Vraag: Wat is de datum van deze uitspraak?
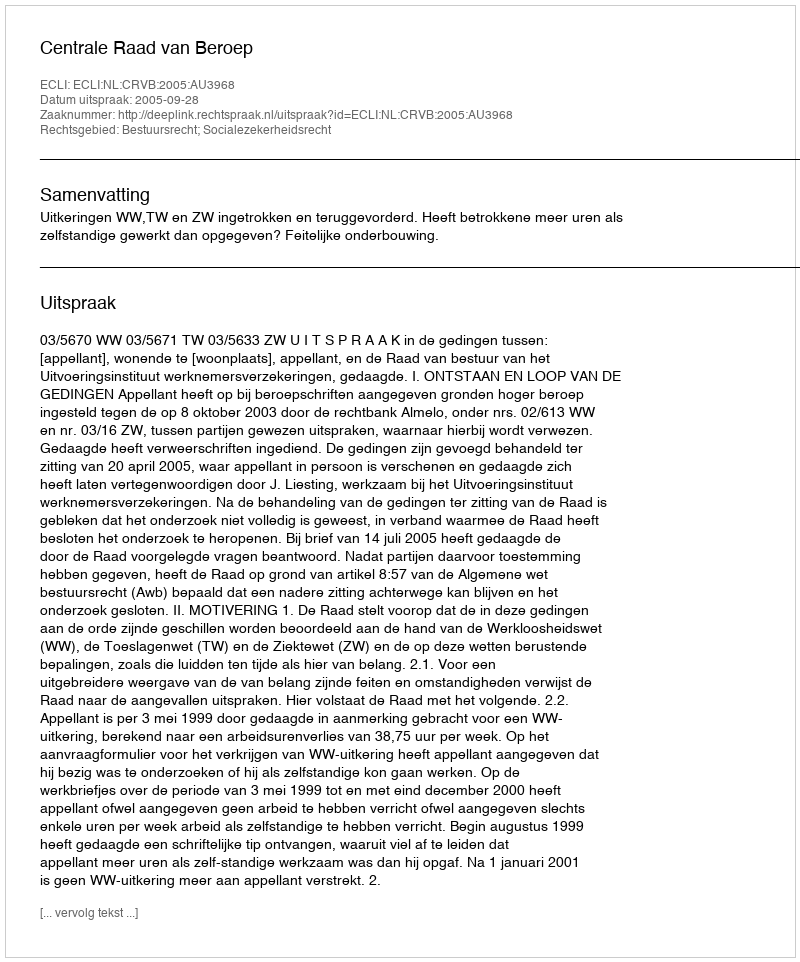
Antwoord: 2005-09-28